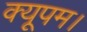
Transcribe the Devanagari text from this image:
क्यूपम।